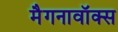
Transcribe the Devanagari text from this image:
मैगनावॉक्स